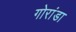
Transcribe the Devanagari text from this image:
गोरांडा